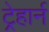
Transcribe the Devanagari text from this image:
ट्रेहार्न